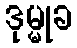
ဒုမ္မုခ